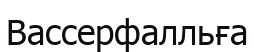
Вассерфалльға